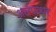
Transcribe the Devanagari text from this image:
अलपत्थर